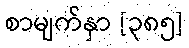
စာမျက်နှာ [၃၈၅]